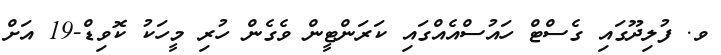
ވ. ފުލިދޫގައި ގެސްޓް ހައުސްއެއްގައި ކަރަންޓީން ވެގެން ހުރި މީހަކު ކޮވިޑް-19 އަށް